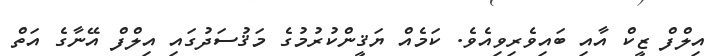
އިލްފް ޒީކް އާއި ބައިވެރިވިއެވެ. ކަމެއް ޔަޤީންކުރުމުގެ މަޤުސަދުގައި އިލްފް އޭނާގެ އަތް